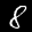
Label: 8